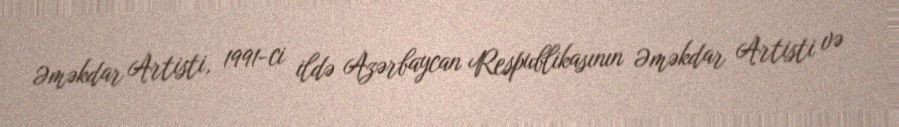
Əməkdar Artisti, 1991-ci ildə Azərbaycan Respublikasının Əməkdar Artisti və